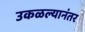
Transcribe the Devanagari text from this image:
उकळल्यानंतर